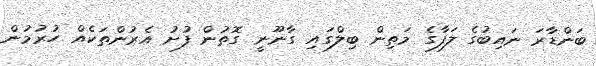
ބަންޑާރަ ނައިބުގެ ލަފާގެ މަތިން ބިލްގައި ގާނޫނީ ގޮތުން ފުށު އެރުންތަކެއް ހުރުމުން